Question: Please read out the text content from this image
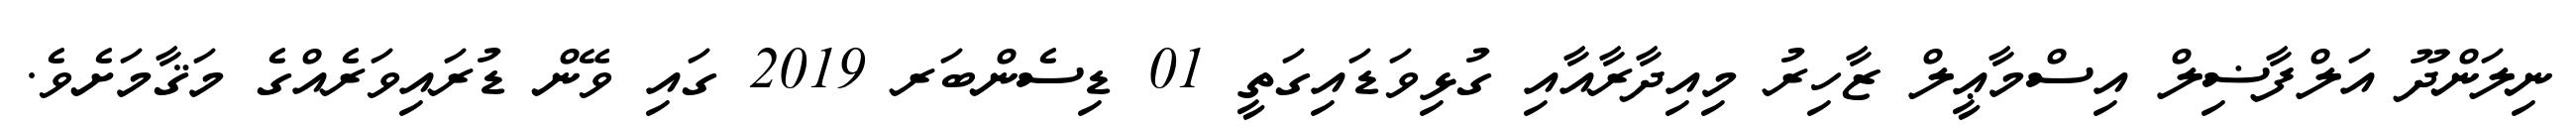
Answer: ނިލަންދޫ އަލްފާޟިލް އިސްމާޢީލް ޒާހިރު މިއިދާރާއާއި ގުޅިވަޑައިގަތީ 01 ޑިސެންބަރ 2019 ގައި ވޭން ޑުރައިވަރެއްގެ މަޤާމަށެވެ.